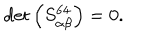
\det \left( S _ { \alpha \beta } ^ { 6 4 } \right) = 0 .